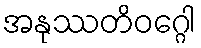
အနုဿတိဝဂ္ဂေါ